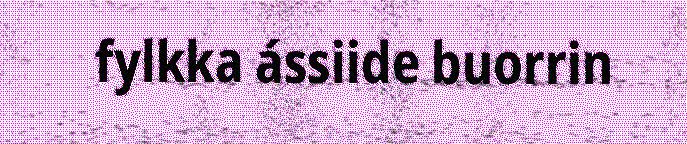
fylkka ássiide buorrin